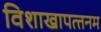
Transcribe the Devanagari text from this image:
विशाखापत्‍तनम